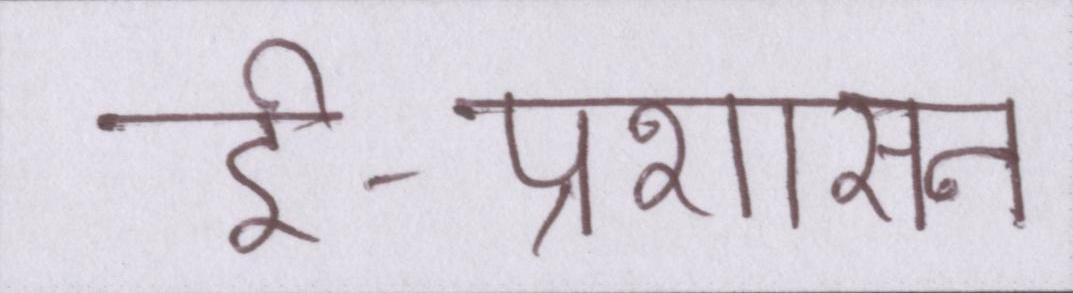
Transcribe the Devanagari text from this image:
ई-प्रशासन